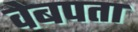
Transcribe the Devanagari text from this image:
वेबपता